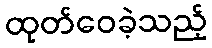
ထုတ်ဝေခဲ့သည့်